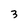
Character: 3